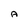
Character: A